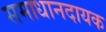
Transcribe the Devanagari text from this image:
समाधानदायक